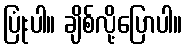
ပြုံးပါ။ ချိစ်လို့ပြောပါ။